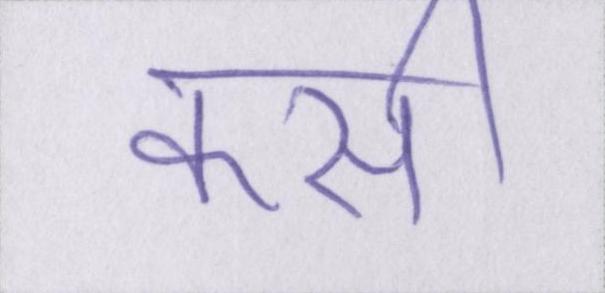
कसी